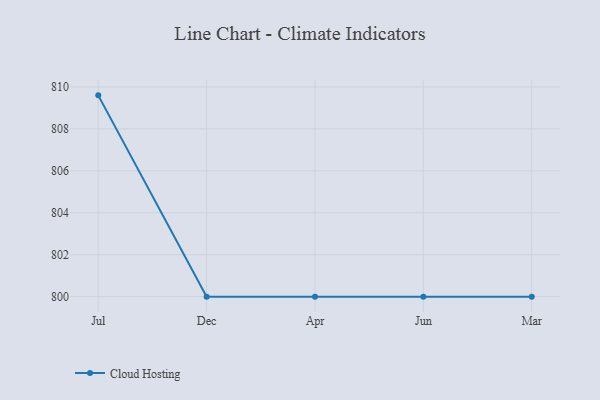
{"axis": {"x": "Month", "y": "Production Output"}, "legend": ["Cloud Hosting"], "data": [{"x": "Jul", "y": 809.6, "type": "Cloud Hosting"}, {"x": "Dec", "y": 800, "type": "Cloud Hosting"}, {"x": "Apr", "y": 800, "type": "Cloud Hosting"}, {"x": "Jun", "y": 800, "type": "Cloud Hosting"}, {"x": "Mar", "y": 800, "type": "Cloud Hosting"}]}